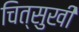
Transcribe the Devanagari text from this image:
चित्सुखी